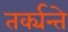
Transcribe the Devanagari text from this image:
तर्क्यन्ते